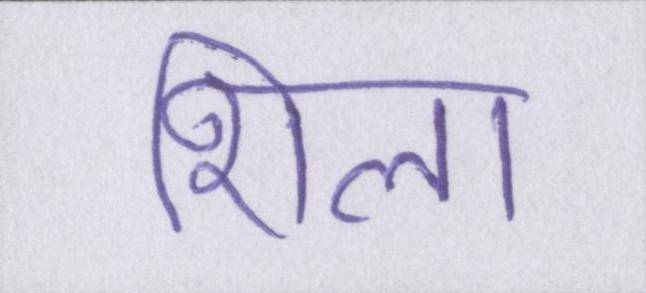
शिला